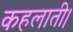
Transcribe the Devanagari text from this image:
कहलाती।